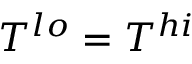
T ^ { l o } = T ^ { h i }